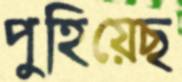
পুহিয়েছ